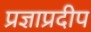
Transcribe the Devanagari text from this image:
प्रज्ञाप्रदीप